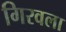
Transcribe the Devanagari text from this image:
गिरवला